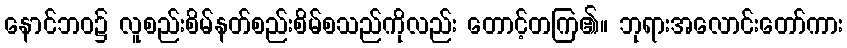
နောင်ဘဝ၌ လူစည်းစိမ်နတ်စည်းစိမ်စသည်ကိုလည်း တောင့်တကြ၏။ ဘုရားအလောင်းတော်ကား